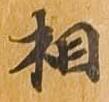
相